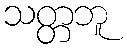
သတ္တဘူ